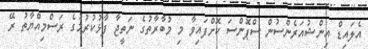
އެލައިޑް އިންޝުއަރެންސުން ސްޕޮންސަ ކޮށްފައިވާ މި މުބާރާތުގެ ނަތީޖާ ފާޅުކުރުމުގެ ރަސްމިއްޔާތު ރޭ